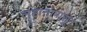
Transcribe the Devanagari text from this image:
लहानापासून